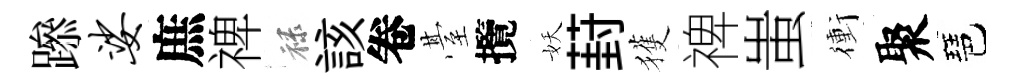
𨅶娑庶禆禄該卷䑓攬妖葑獲禆蚩衝聚琶